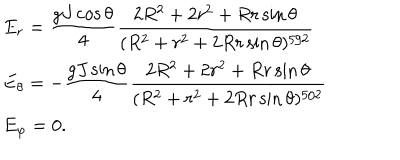
LaTeX: \begin{array} { l } { { E _ { r } = \displaystyle \frac { g J \cos \theta } { 4 } \frac { 2 R ^ { 2 } + 2 r ^ { 2 } + R r \sin \theta } { ( R ^ { 2 } + r ^ { 2 } + 2 R r \sin \theta ) ^ { 5 / 2 } } \ ~ ~ } } \\ { { E _ { \theta } = - \displaystyle \frac { g J \sin \theta } { 4 } \frac { 2 R ^ { 2 } + 2 r ^ { 2 } + R r \sin \theta } { ( R ^ { 2 } + r ^ { 2 } + 2 R r \sin \theta ) ^ { 5 / 2 } } \ } } \\ { { E _ { \varphi } = 0 . } } \\ \end{array}